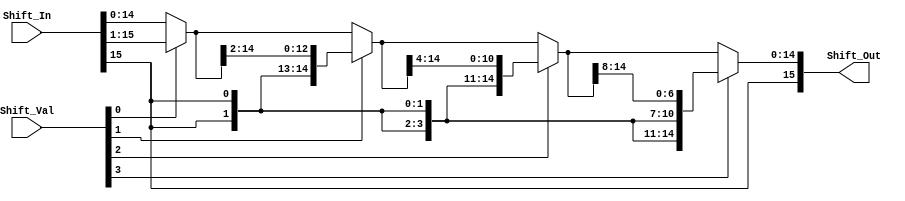

module sra (Shift_Out, Shift_In, Shift_Val);
  input [15:0] Shift_In;  
  input [3:0] Shift_Val;                
  output [15:0] Shift_Out; 

  //hold temporarily shifted register 
  wire[15:0] shft_1, shft_2, shft_3;

  assign shft_1 = (Shift_Val[0]) ? {{1{Shift_In[15]}}, Shift_In[15:1]} : Shift_In[15:0];
  assign shft_2 = (Shift_Val[1]) ? {{2{Shift_In[15]}}, shft_1[15:2]} : shft_1[15:0];
  assign shft_3 = (Shift_Val[2]) ? {{4{Shift_In[15]}}, shft_2[15:4]} : shft_2[15:0];
  assign Shift_Out = (Shift_Val[3]) ? {{8{Shift_In[15]}}, shft_3[15:8]} : shft_3[15:0];

endmodule